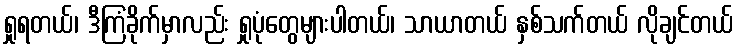
ရှုရတယ်၊ ဒီကြံခိုက်မှာလည်း ရှုပုံတွေများပါတယ်၊ သာယာတယ် နှစ်သက်တယ် လိုချင်တယ်